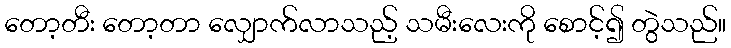
တော့တီး တော့တာ လျှောက်လာသည့် သမီးလေးကို စောင့်၍ တွဲသည်။